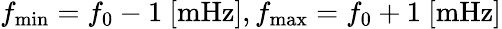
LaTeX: f_{\mathrm{min}}=f_{0}-1~[\mathrm{mHz}],f_{\mathrm{max}}=f_{0}+1~[\mathrm{mHz}]